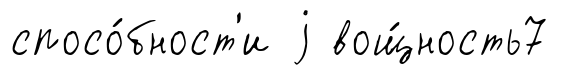
спосо́бност'и j вощ́ность7